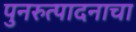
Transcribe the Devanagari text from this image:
पुनरुत्पादनाचा